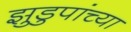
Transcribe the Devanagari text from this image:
झुडुपांच्या